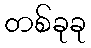
တစ်ခုခု